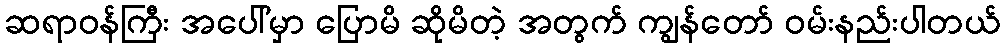
ဆရာဝန်ကြီး အပေါ်မှာ ပြောမိ ဆိုမိတဲ့ အတွက် ကျွန်တော် ဝမ်းနည်းပါတယ်